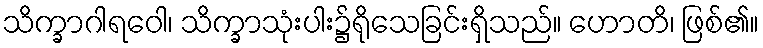
သိက္ခာဂါရဝေါ၊ သိက္ခာသုံးပါး၌ရိုသေခြင်းရှိသည်။ ဟောတိ၊ ဖြစ်၏။